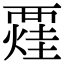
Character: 𧟼